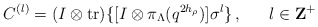
\begin{align*}C^{(l)}=(I\otimes{\rm tr})\{[I\otimes\pi_\Lambda(q^{2h_\rho})]\sigma^l\}\,,~~~~~l\in {\bf Z}^+\end{align*}